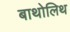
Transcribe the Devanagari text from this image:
बाथोलिथ